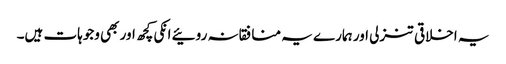
یہ اخلاقی تنزلی اور ہمارے یہ منافقانہ روئیے انکی کچھ اور بھی وجوہات ہیں۔